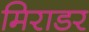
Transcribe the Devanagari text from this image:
मिराडर